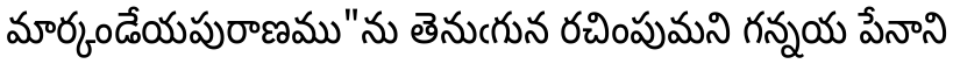
మార్కండేయపురాణము"ను తెనుఁగున రచింపుమని గన్నయ పేనాని